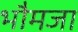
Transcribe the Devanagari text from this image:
भौमजा